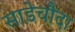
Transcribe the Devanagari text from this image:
साडेचौदा